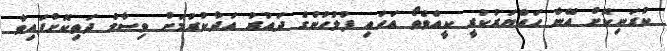
ކުރަނިކޮށް އޭނާ ހައްޔަރުކުރީ ކީއްވެތޯ އަހައި ފުލުހުންގެ ދައުރު އަދާކުރުމަށް ވިސާމް ދަތިކޮށްފައިވާ